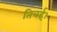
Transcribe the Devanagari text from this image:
तित्रई।